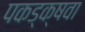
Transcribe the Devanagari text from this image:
पकड्क्षवा